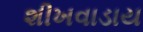
શીખવાડાય